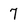
Character: 7